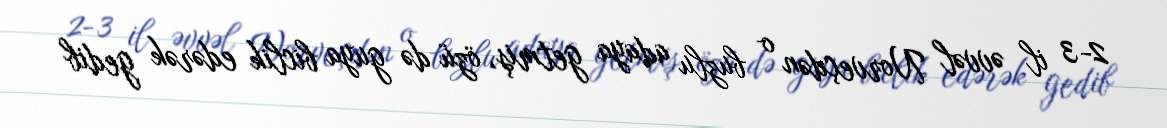
2-3 il əvvəl Norveçdən o buzlu adaya getmiş, özü də guya biclik edərək gedib